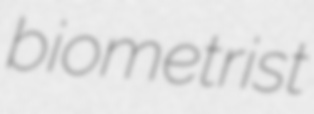
biometrist